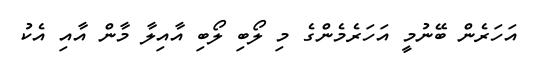
އަހަރެން ބޭނުމީ އަހަރެމެންގެ މި ލޯބި ލޯބި އާއިލާ މާން އާއި އެކު